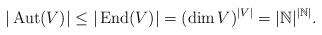
LaTeX: \begin{align*}|\operatorname{Aut}(V)|\le|\operatorname{End}(V)|=(\dim V)^{|V|} = |\mathbb{N}|^{|\mathbb{N}|}.\end{align*}